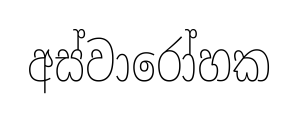
අස්වාරෝහක